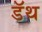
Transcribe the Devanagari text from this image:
डॅथ